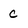
Character: c